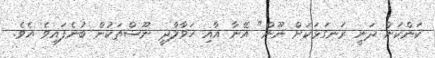
ކަންކަން ދަނީ ރަނގަޅަކަށް ނޫން" އޭނާ އާއި ހަވާލާދީ ނޫސްތަކުން ބުނެފައިވެ އެވެ.